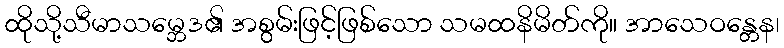
ထိုသို့သီမာသမ္ဘေဒ၏ အစွမ်းဖြင့်ဖြစ်သော သမထနိမိတ်ကို။ အာသေဝန္တေန၊